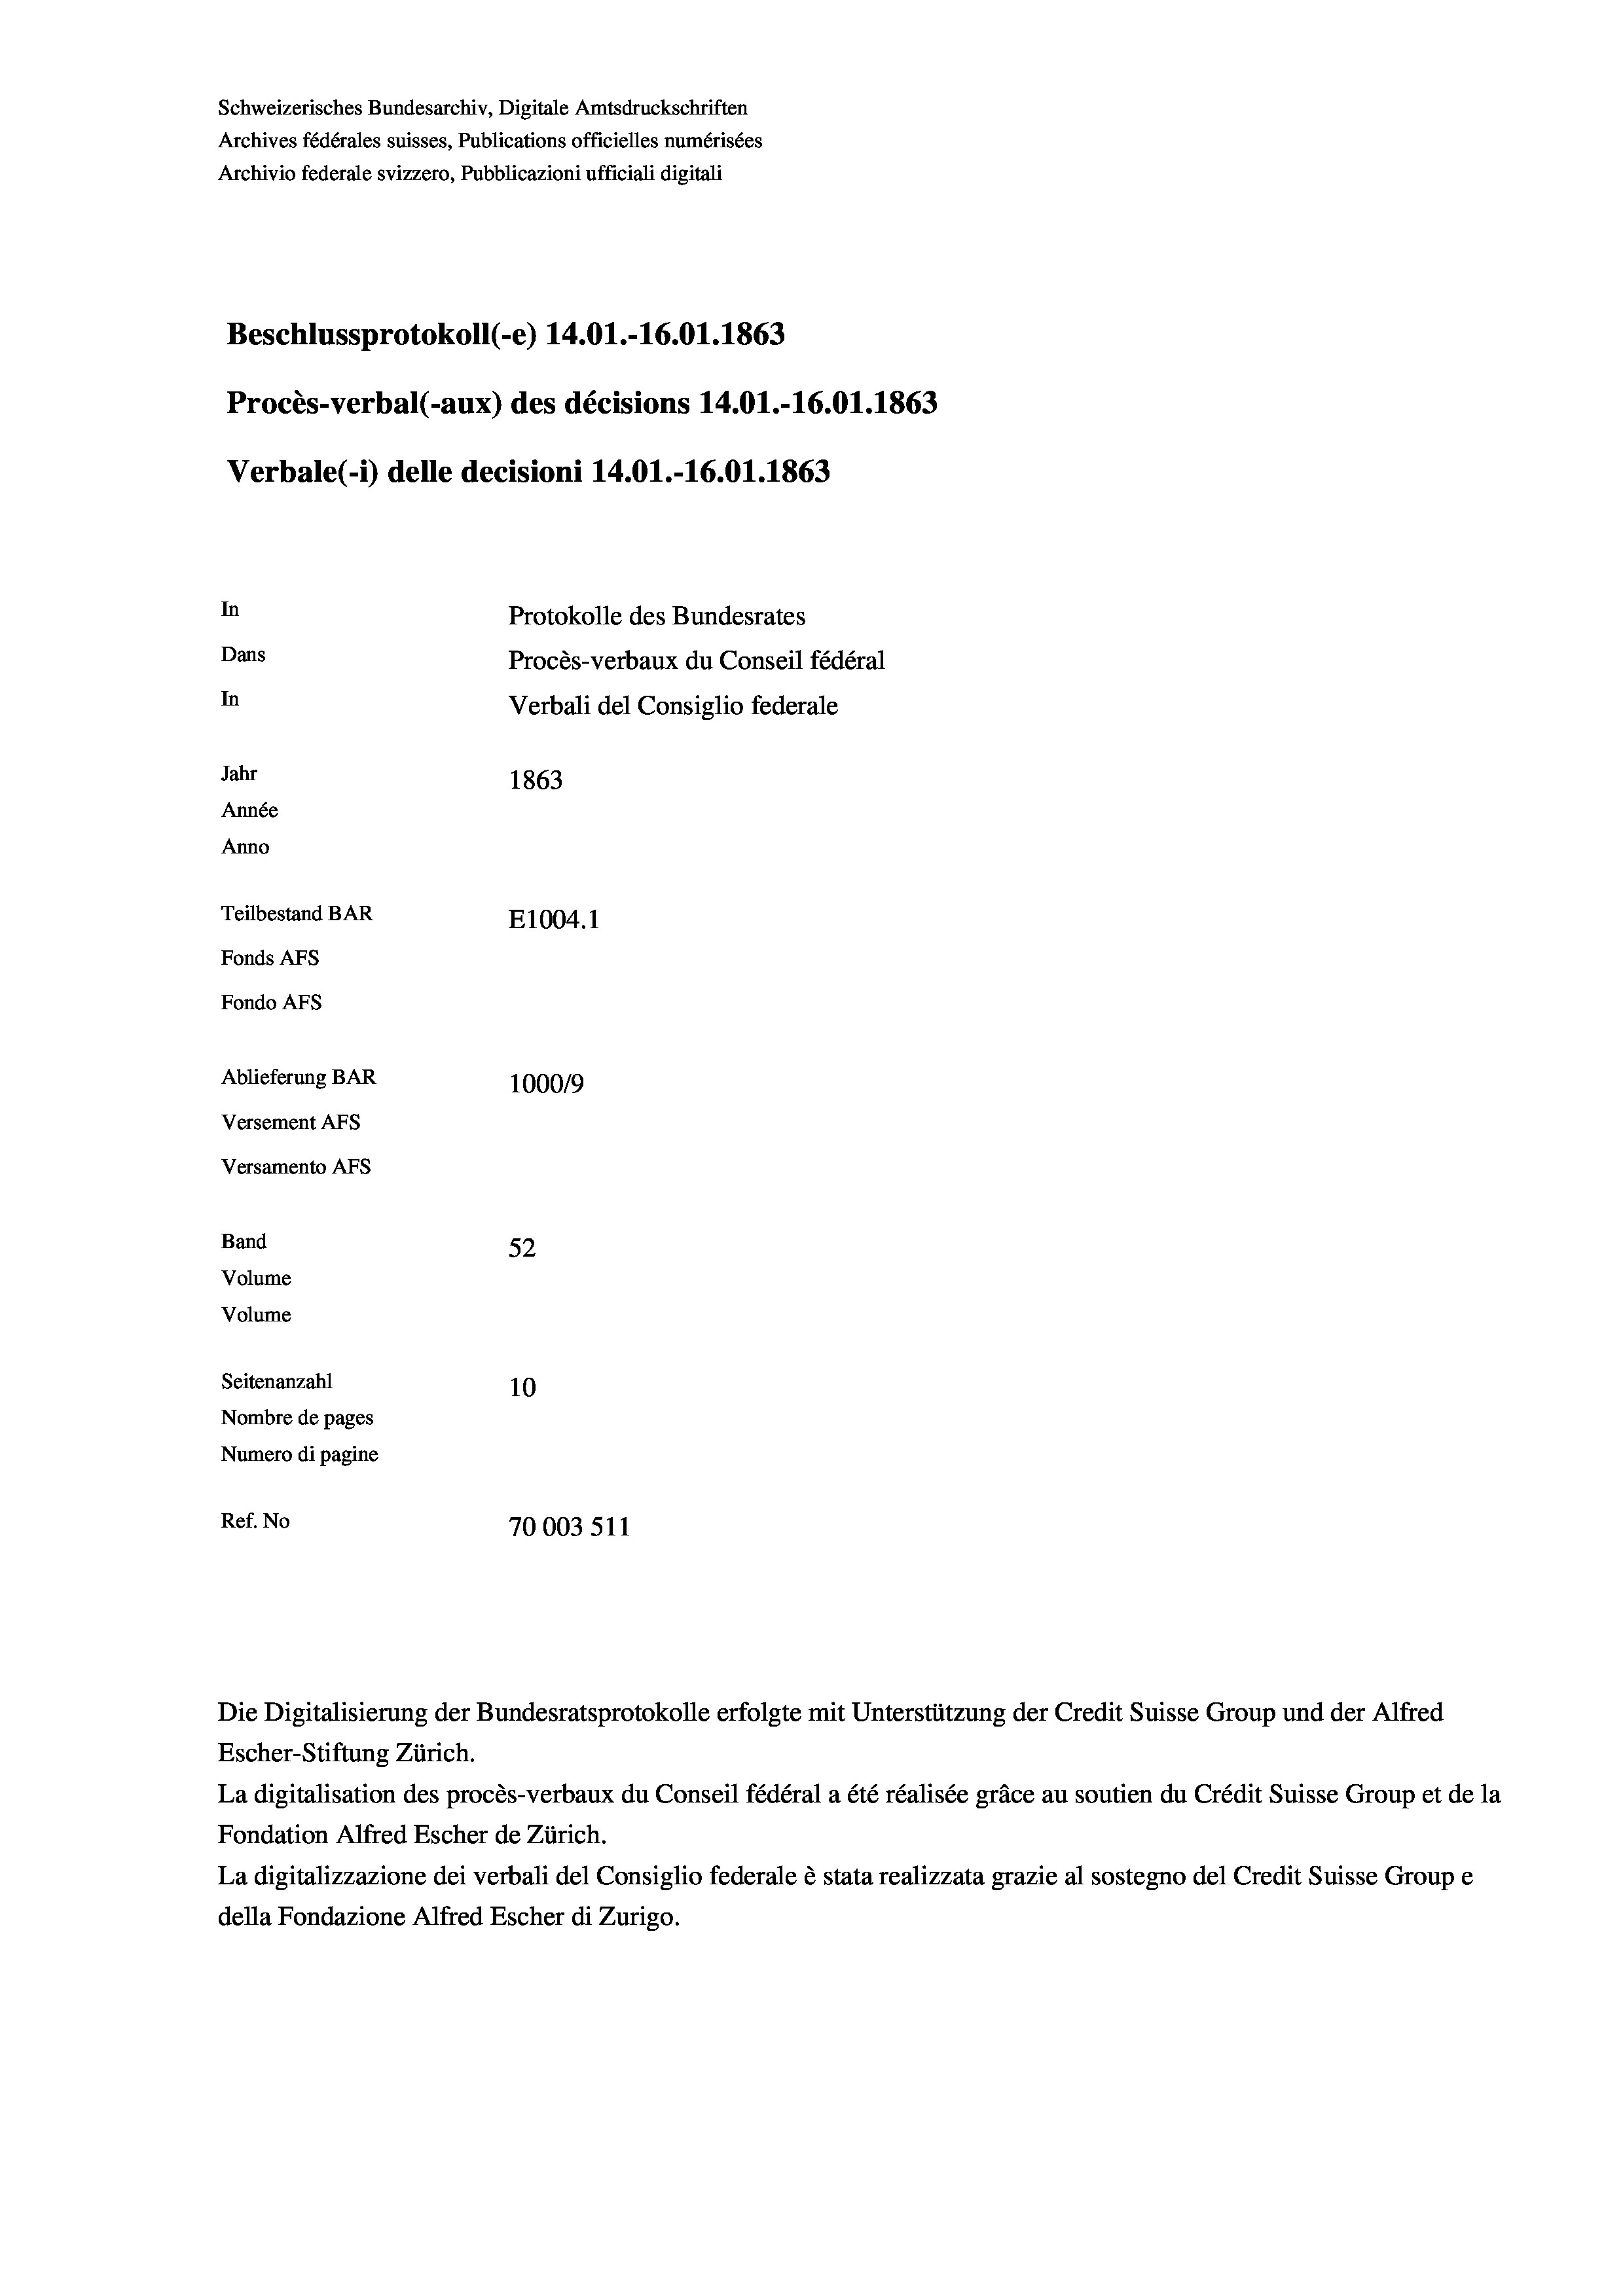
Schweizerisches Bundesarchiv, Digitale Amtsdruckschriften
Archives fédérales suisses, Publications officielles numérisées
Archivio federale svizzero, Pubblicazioni ufficiali digitali
Beschlussprotokoll (-e) 14.01.-16.01. 1863
Procès-verbal (-aux) des décisions 14.01.-16.01. 1863
Verbale (1) delle decisioni 14.01.-16.01. 1863
In
Protokolle des Bundesrates
Dans
Procès-verbaux du Conseil fédéral
In
Verbali del Consiglio federale
Jahr
1863
Année
Anno
Teilbestand BAR
E1004.1
Fonds AFs
Fondo AFS
Ablieferung BAR
1000/9
Versement AFs
Versamento AFs
Band
52
Volume
Volume
Seitenanzahl
10
Nombre de pages
Numero di pagine
Ref. No
70003511

Escher-Stiftung Zürich.
La digitalisation des procès-verbaux du Conseil fédéral a été réalisée gräce au soutien du Crédit Suisse Group et de la
Fondation Alfred Escher de Zürich.
La digitalizzazione dei verbali del Consiglio federale è stata realizzata grazie al sostegno del Credit Suisse Groupe
della Fondazione Alfred Escher di Zurigo.

Die Digitalisierung der Bundesratsprotokolle erfolgte mit Unterstützung der Credit Suisse Group und der Alfred